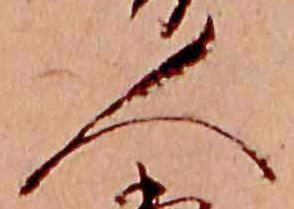
人